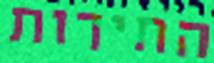
החירות